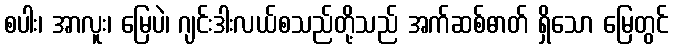
စပါး၊ အာလူး၊ မြေပဲ၊ ဂျင်းဒါးလယ်စသည်တို့သည် အက်ဆစ်ဓာတ် ရှိသော မြေတွင်